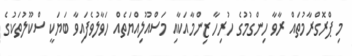
މި ޕްރޮގްރާމުތައް ރާވާ ހިންގުމުގެ ހުރިހާ ޒިންމާއަކާއި މަސްއޫލިއްޔަތެއް ހަވާލުވެފައިވާ ބަޔަކީ ސްކޫލުތަކުގެ